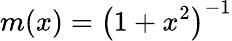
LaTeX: m(x)=\left(1+x^{2}\right)^{-1}